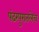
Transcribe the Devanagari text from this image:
पंढरपुरातलेच